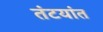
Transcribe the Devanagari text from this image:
तंटयांत